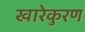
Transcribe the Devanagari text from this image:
खारेकुरण